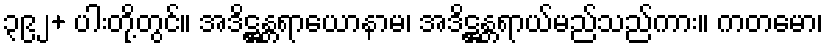
၃၉၂+ ပါးတို့တွင်။ အဒိဋ္ဌန္တရာယောနာမ၊ အဒိဋ္ဌန္တရာယ်မည်သည်ကား။ ကတမော၊